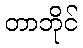
တာဘိုင်